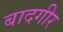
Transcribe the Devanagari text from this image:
बादगीर